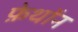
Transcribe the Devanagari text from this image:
फ़ेथॉन